Vaccination in Bombay 1924-1928 - 1924-1928
Year: 1924
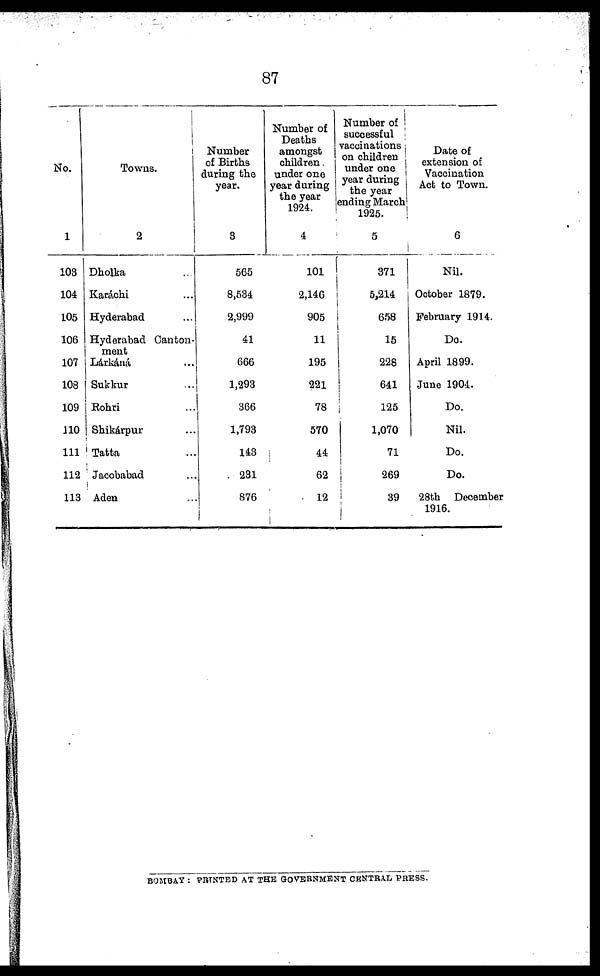
87
No.
1
103
104
105
106
107
108
109
110
111
112
113
Towns.
2
Dholka ...
Karáchi ...
Hyderabad ...
Hyderabad Canton-
ment
Lárkáná ...
Sukkur ...
Rohri ...
Shikárpur ...
Tatta ...
Jacobabad ...
Aden ...
Number
of Births
during the
year.
3
565
8,534
2,999
41
666
1,293
366
1,793
143
231
876
Number of
Deaths
amongst
children.
under one
year daring
the year
1924.
4
101
2,146
905
11
195
221
78
570
44
62
12
Number of
successful
vaccinations
on children
under one
year during
the year
ending March
1925.
5
371
5,214
658
15
228
641
125
1,070
71
269
39
Date of
extension of
Vaccination
Act to Town.
6
Nil.
October 1879.
February 1914.
Do.
April 1899.
June 1904.
Do.
Nil.
Do.
Do.
28th December
1916.
BOMBAY : PRINTED AT THE GOVERNMENT CENTRAL PRESS.